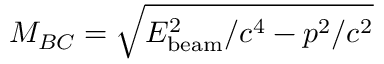
M _ { B C } = \sqrt { E _ { \mathrm { b e a m } } ^ { 2 } / c ^ { 4 } - p ^ { 2 } / c ^ { 2 } }